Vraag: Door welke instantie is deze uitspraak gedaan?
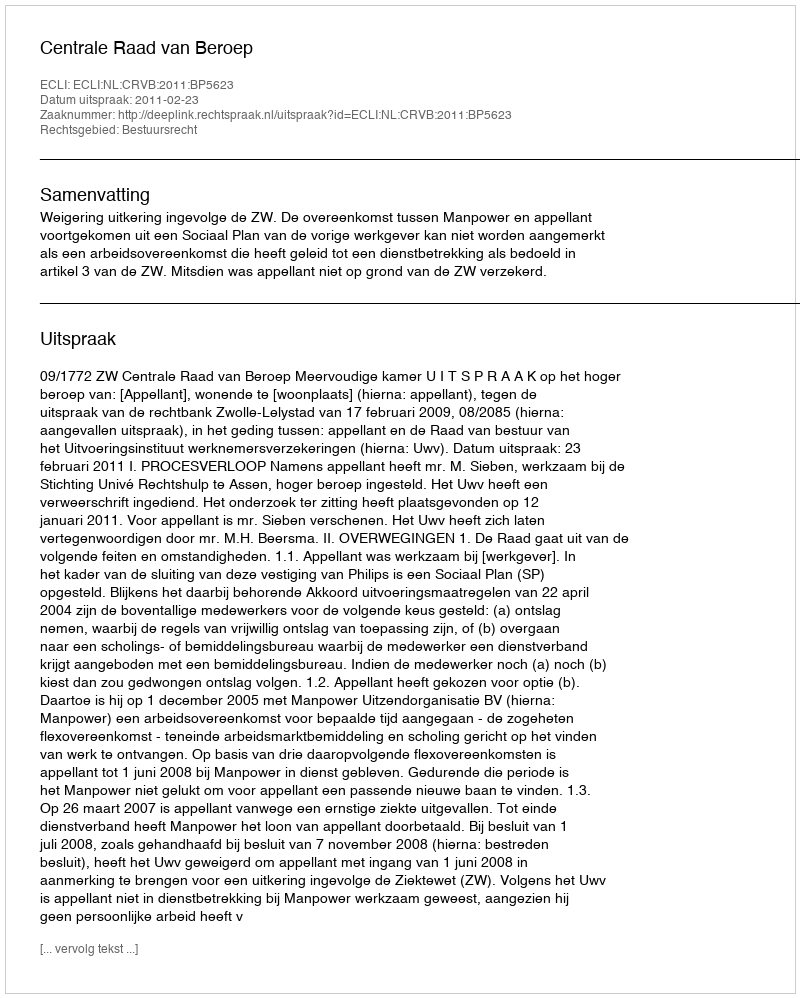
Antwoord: Centrale Raad van Beroep